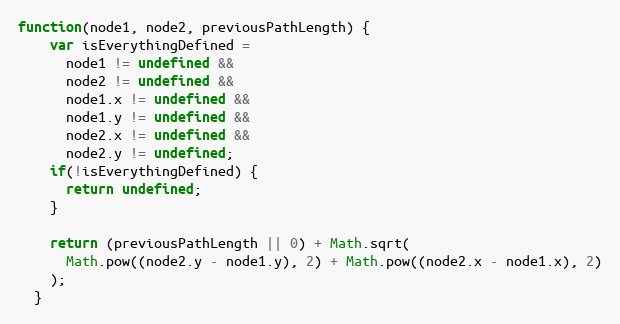
Language: JavaScript
function(node1, node2, previousPathLength) {
    var isEverythingDefined =
      node1 != undefined &&
      node2 != undefined &&
      node1.x != undefined &&
      node1.y != undefined &&
      node2.x != undefined &&
      node2.y != undefined;
    if(!isEverythingDefined) {
      return undefined;
    }

    return (previousPathLength || 0) + Math.sqrt(
      Math.pow((node2.y - node1.y), 2) + Math.pow((node2.x - node1.x), 2)
    );
  }